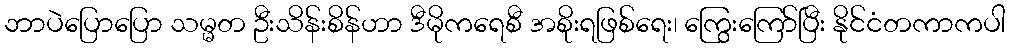
ဘာပဲပြောပြော သမ္မတ ဦးသိန်းစိန်ဟာ ဒီမိုကရေစီ အစိုးရဖြစ်ရေး၊ ကြွေးကြော်ပြီး နိုင်ငံတကာကပါ